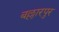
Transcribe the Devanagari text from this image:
बल्लारपुर